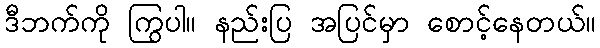
ဒီဘက်ကို ကြွပါ။ နည်းပြ အပြင်မှာ စောင့်နေတယ်။